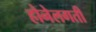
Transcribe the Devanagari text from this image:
होनेलगती